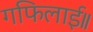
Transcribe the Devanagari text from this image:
गफिलाई॥